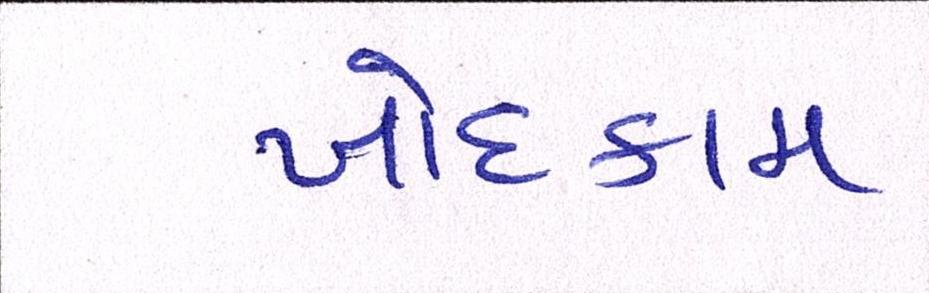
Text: ખોદકામ